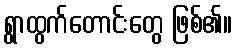
ရွာထွက်တောင်းတွေ ဖြစ်၏။